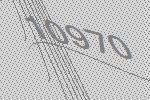
10970